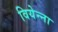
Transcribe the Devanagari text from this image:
वियेन्ना